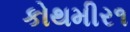
કોથમીર૧